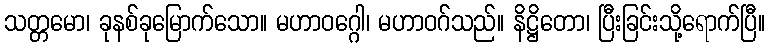
သတ္တမော၊ ခုနစ်ခုမြောက်သော။ မဟာဝဂ္ဂေါ၊ မဟာဝဂ်သည်။ နိဋ္ဌိတော၊ ပြီးခြင်းသို့ရောက်ပြီ။